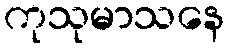
ကုသုမာသနေ